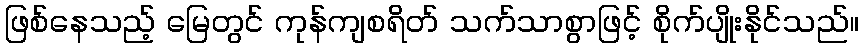
ဖြစ်နေသည့် မြေတွင် ကုန်ကျစရိတ် သက်သာစွာဖြင့် စိုက်ပျိုးနိုင်သည်။